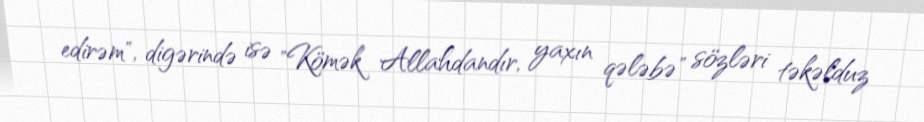
edirəm", digərində isə "Kömək Allahdandır, yaxın qələbə" sözləri təkəlduz